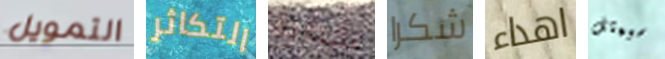
التمويل التكاثر نخطط شكرا اهداء سيمثل